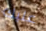
عليك